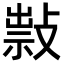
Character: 𢿆